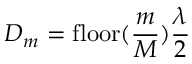
D _ { m } = \mathrm { f l o o r } ( \frac { m } { M } ) \frac { \lambda } { 2 }